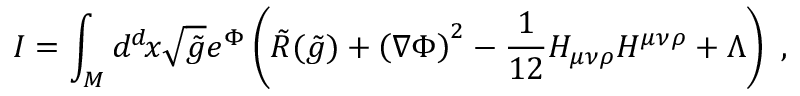
I = \int _ { \cal { M } } d ^ { d } \! x \sqrt { \tilde { g } } e ^ { \Phi } \left( \tilde { R } ( \tilde { g } ) + \left( \nabla \Phi \right) ^ { 2 } - { \frac { 1 } { 1 2 } } H _ { \mu \nu \rho } H ^ { \mu \nu \rho } + \Lambda \right) \ ,